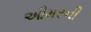
ઔમરની